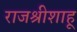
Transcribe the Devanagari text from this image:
राजश्रीशाहू